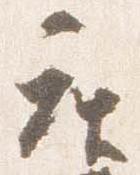
座